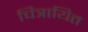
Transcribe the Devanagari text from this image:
चित्रायित